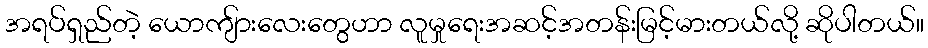
အရပ်ရှည်တဲ့ ယောကျ်ားလေးတွေဟာ လူမှုရေးအဆင့်အတန်းမြင့်မားတယ်လို့ ဆိုပါတယ်။